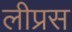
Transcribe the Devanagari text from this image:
लीप्रस